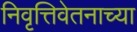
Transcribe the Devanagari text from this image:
निवृत्तिवेतनाच्या